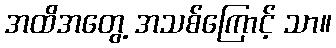
အထိအတွေ့ အသစ်ကြောင့် သာ။